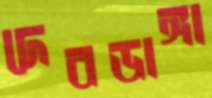
দেবডাঙ্গা